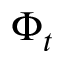
\Phi _ { t }